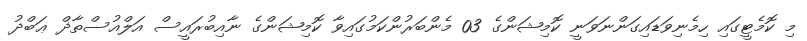
މި ކޮމެޓީގައި ހިމެނިވަޑައިގަންނަވަނީ ކޮމިޝަންގެ 03 މެންބަރުންކަމުގައިވާ ކޮމިޝަންގެ ނާއިބުރައީސް އަލްއުސްތާޛް ޢަބްދު